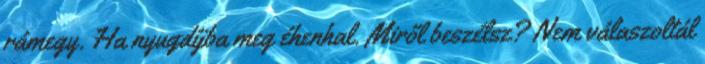
rámegy. Ha nyugdíjba meg éhenhal. Miről beszélsz? Nem válaszoltál